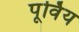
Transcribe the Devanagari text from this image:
पूर्विय